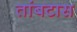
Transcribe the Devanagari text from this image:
तांबटास